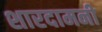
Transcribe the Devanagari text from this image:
शारदामनी